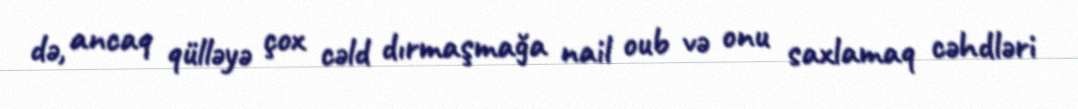
də, ancaq qülləyə çox cəld dırmaşmağa nail oub və onu saxlamaq cəhdləri